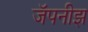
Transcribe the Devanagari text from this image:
जॅपनीझ